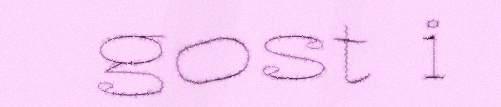
gost i